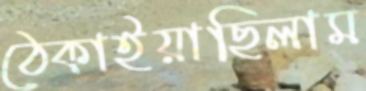
ঠেকাইয়াছিলাম